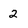
Character: 2